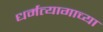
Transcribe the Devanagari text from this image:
धर्मत्यागाच्या